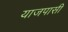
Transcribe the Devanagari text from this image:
याजपासी